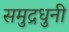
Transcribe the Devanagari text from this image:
समुद्रधुनी